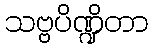
သဗ္ဗပိဏ္ဍိတာ